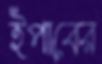
ইপাবের